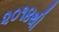
૨૦૧૪થી